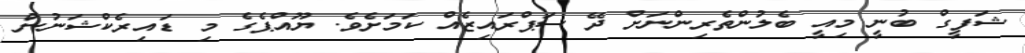
ޝަފީގް ބުނީ މިއީ ބެލުންތެރިންނަށް ދޭ ސަޕްރައިޒެއް ކަމަށެވެ. ޔޫއްޕެގެ މި ޑައިރެކްޝަނުން